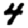
Digit: 4